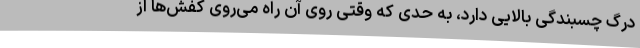
درگ چسبندگی بالایی دارد، به حدی که وقتی روی آن راه می‌روی کفش‌ها از